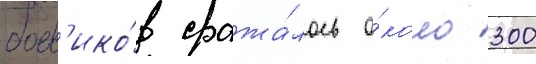
боев'ико́в сража́лось о́коло 300